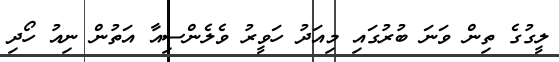
ލީގުގެ ތިން ވަނަ ބުރުގައި މިއަދު ހަވީރު ވެލެންސިއާ އަތުން ނިއު ހޯދި